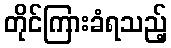
တိုင်ကြားခံရသည့်